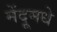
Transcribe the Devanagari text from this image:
मेंदूमधे